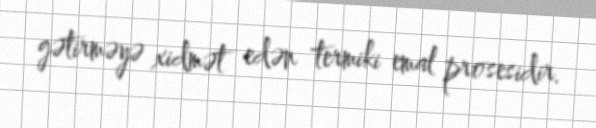
gətirməyə xidmət edən termiki emal prosesidir.